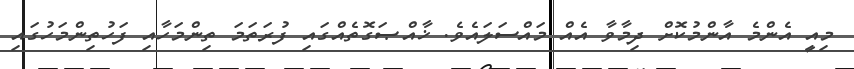
މިއީ އެންމެ އާންމުކޮށް ދިމާވާ އެއް މައްސަލައެވެ. ޚާއްޞަގޮތެއްގައި ފުރަތަމަ ތިންމަހާއި ފަހުތިންމަހުގައި